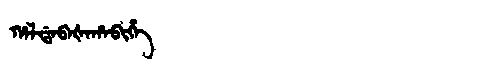
Manchu: ᡥᠠᠯᡩᠠᠪᠠᡧᠠᡥᠠᠪᡳᡥᡝ
Romanization: HALDABAŠAHABIHE